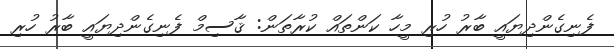
ފެނިގެންދިޔައީ ބާރު ހުރި މީހާ ކަންތައް ކުރާތަން: ޤާސިމް ފެނިގެންދިޔައީ ބާރު ހުރި